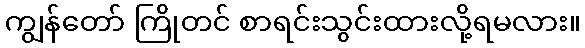
ကျွန်တော် ကြိုတင် စာရင်းသွင်းထားလို့ရမလား။